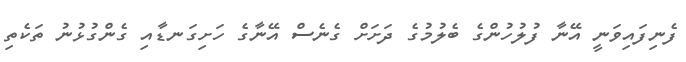
ފެނިފައިވަނީ އޭނާ ފުލުހުންގެ ބެލުމުގެ ދަށަށް ގެނެސް އޭނާގެ ހަށިގަނޑާއި ގެންގުޅުނު ތަކެތި